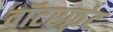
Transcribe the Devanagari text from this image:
वॉटरफ़्रंट